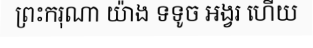
ព្រះករុណា យ៉ាង ទទូច អង្វរ ហើយ